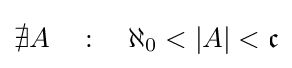
\nexists A\quad :\quad \aleph _{0}<|A|<{\mathfrak {c}}